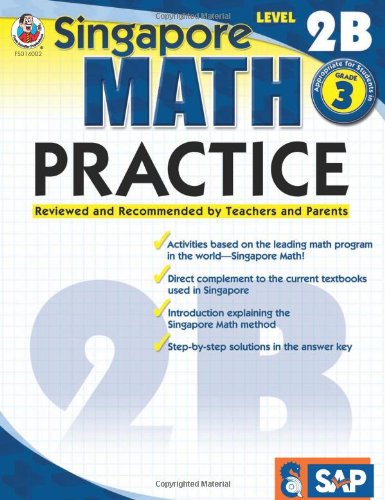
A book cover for Singapore Math Practice, Level 2B, Grade 3; Children's Books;